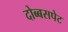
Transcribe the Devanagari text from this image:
दोब्बसपेट